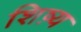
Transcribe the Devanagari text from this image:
शिष़्य